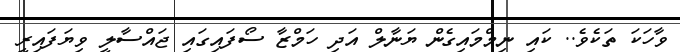
ވާހަކަ ތަކެވެ.. ކައި ނިމްމައިގެން ޔަނާލް އަދި ހަމްޒާ ސޯފައިގައި ޖައްސާލީ ވިޔަފައިރީ